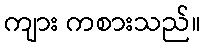
ကျား ကစားသည်။